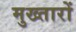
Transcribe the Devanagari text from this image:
मुख्तारों